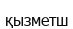
қызметш